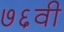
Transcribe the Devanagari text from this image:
७६वी